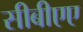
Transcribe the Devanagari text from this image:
सीबीएए